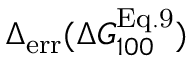
\Delta _ { \mathrm { e r r } } ( \Delta G _ { 1 0 0 } ^ { \mathrm { E q . 9 } } )